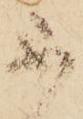
不